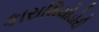
કારાથિયોડોરી